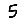
Digit: 5